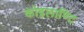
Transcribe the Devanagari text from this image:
कोइलाण्टि